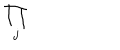
\prod _ { j }